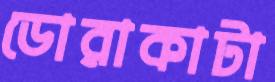
ডোরাকাটা